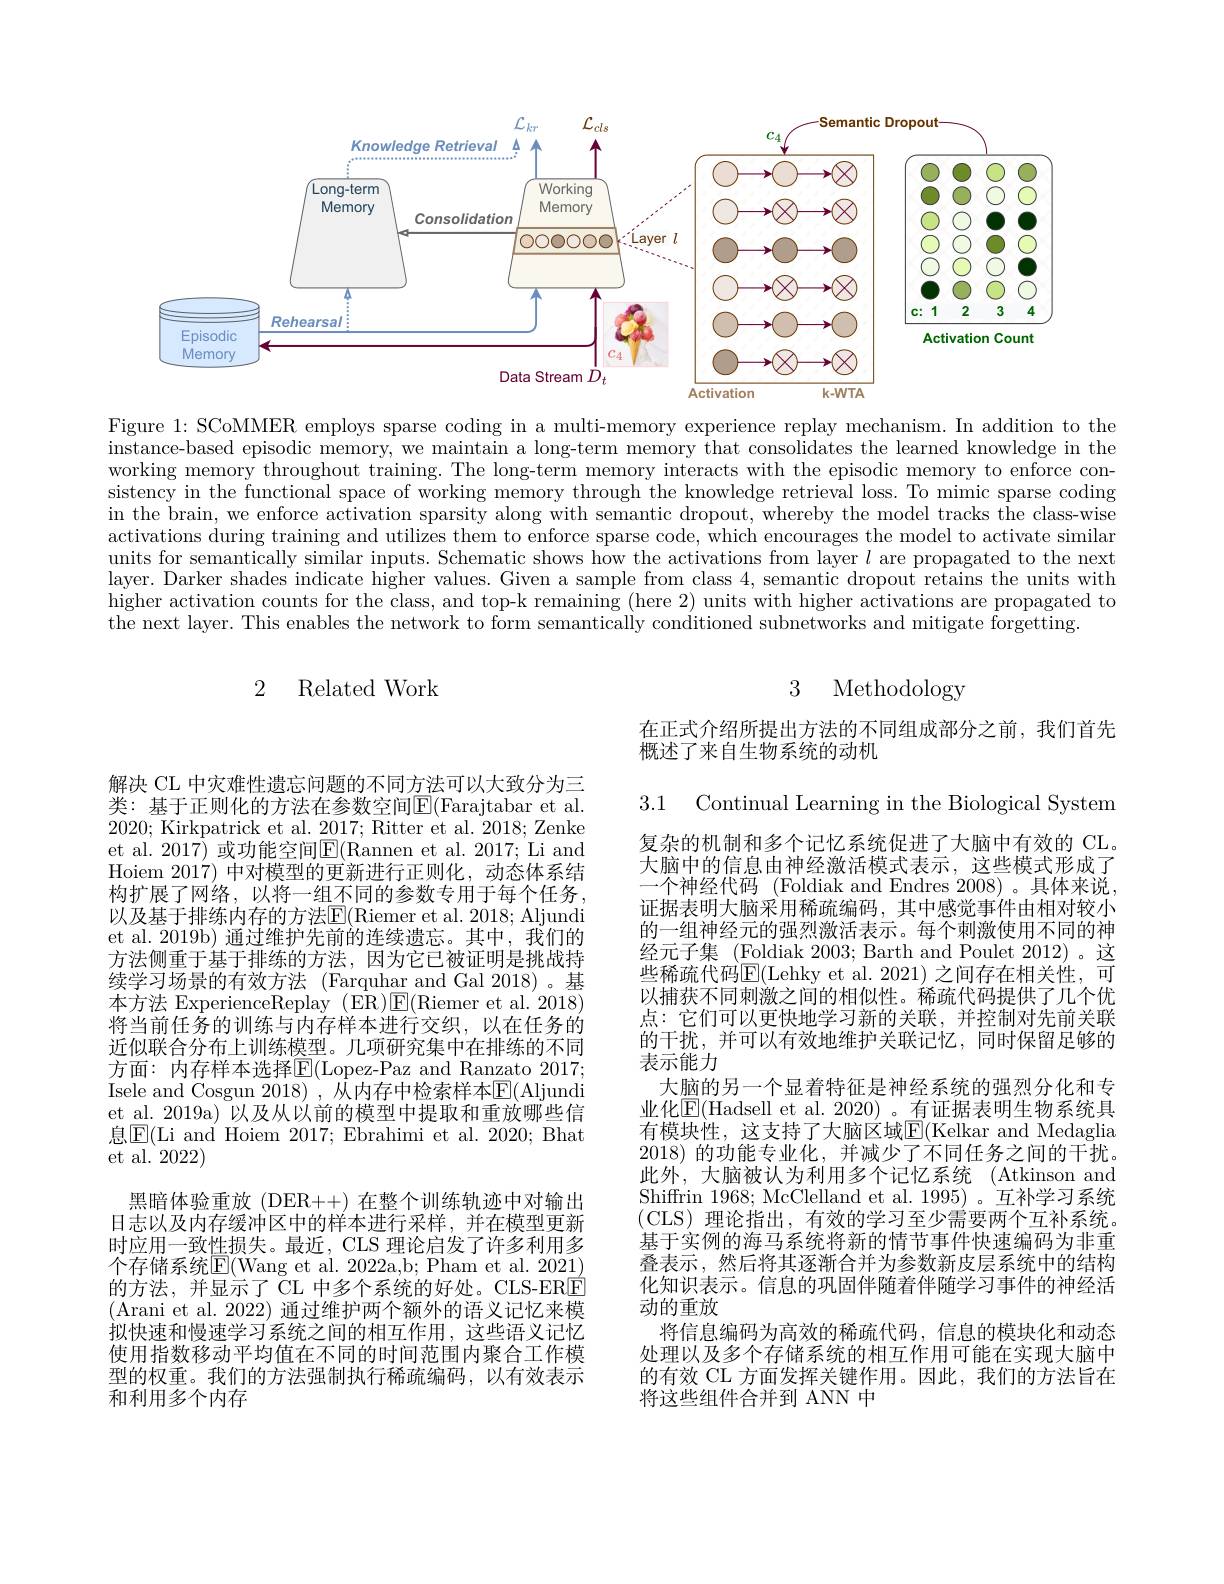
<FigureHere>

Figure 1: SCoMMER employs sparse coding in a multi-memory experience replay mechanism. In addition to the instance-based episodic memory, we maintain a long-term memory that consolidates the learned knowledge in the working memory throughout training. The long-term memory interacts with the episodic memory to enforce consistency in the functional space of working memory through the knowledge retrieval loss. To mimic sparse coding in the brain, we enforce activation sparsity along with semantic dropout, whereby the model tracks the class-wise activations during training and utilizes them to enforce sparse code, which encourages the model to activate similar units for semantically similar inputs. Schematic shows how the activations from layer $l$ are propagated to the next layer. Darker shades indicate higher values. Given a sample from class 4, semantic dropout retains the units with $\bar{\text{higher activation counts for the class, and top-k remaining (here 2) units with higher activations are propagated to}}$ the next layer. This enables the network to form semantically conditioned subnetworks and mitigate forgetting.

2 Related Work

# 3 Methodology

在正式介绍所提出方法的不同组成部分之前，我们首先
概述了来自生物系统的动机

3.1

Continual Learning in the Biological System

解决 CL 中灾难性遗忘问题的不同方法可以大致分为三类：基于正则化的方法在参数空间$\underline{\mathrm{E}}($Farajtabar et al. 2020; Kirkpatrick et al. 2017; Ritter et al. 2018; Zenke et al. 2017) 或功能空间$\boxed{\mathrm{E}}($Rannen et al. 2017; Li and Hoiem 2017) 中对模型的更新进行正则化，动态体系结构扩展了网络，以将一组不同的参数专用于每个任务， 以及基于排练内存的方法$\mathbb{E}($Riemer et al. 2018; Aljundi et al. 2019b) 通过维护先前的连续遗忘。其中，我们的方法侧重于基于排练的方法，因为它已被证明是挑战持续学习场景的有效方法 (Farquhar and Gal 2018)。基本方法 ExperienceReplay (ER)$\underline{\mathrm{E}}($Riemer et al.2018) 将当前任务的训练与内存样本进行交织，以在任务的近似联合分布上训练模型。几项研究集中在排练的不同方面：内存样本选择$\mathbb{E}($Lopez-Paz and Ranzato 2017; Isele and Cosgun 2018) , 从内存中检索样本E(Aljundi et al. 2019a) 以及从以前的模型中提取和重放哪些信息$\boxed{\mathrm{E}}($Li and Hoiem 2017; Ebrahimi et al. 2020; Bhat et al. 2022)
黑暗体验重放(DER++) 在整个训练轨迹中对输出日志以及内存缓冲区中的样本进行采样，并在模型更新时应用一致性损失。最近，CLS 理论启发了许多利用多个存储系统$\overline{\mathrm{E}}($Wang et al. 2022a,b; Pham et al. 2021) 的方法，并显示了 CL 中多个系统的好处。CLS-ERE (Arani et al. 2022) 通过维护两个额外的语义记忆来模拟快速和慢速学习系统之间的相互作用，这些语义记忆使用指数移动平均值在不同的时间范围内聚合工作模型的权重。我们的方法强制执行稀疏编码，以有效表示和利用多个内存

复杂的机制和多个记忆系统促进了大脑中有效的 CL 大脑中的信息由神经激活模式表示，这些模式形成了一个神经代码 (Foldiak and Endres 2008)。具体来说证据表明大脑采用稀疏编码，其中感觉事件由相对较小的一组神经元的强烈激活表示。每个刺激使用不同的神经元子集 (Foldiak 2003; Barth and Poulet 2012)。这些稀疏代码$\overline{\mathrm{E}}($Lehky et al.2021)之间存在相关性，可以捕获不同刺激之间的相似性。稀疏代码提供了几个优点：它们可以更快地学习新的关联，并控制对先前关联的干扰，并可以有效地维护关联记忆，同时保留足够的表示能力
大脑的另一个显着特征是神经系统的强烈分化和专业化$\boxed{\mathrm{F}}($Hadsell et al. 2020) 。有证据表明生物系统具有模块性，这支持了大脑区域E(Kelkar and Medaglia 2018)的功能专业化，并减少了不同任务之间的干扰。此外，大脑被认为利用多个记忆系统 (Atkinson and Shiffrin 1968; McClelland et al. 1995)。互补学习系统(CLS)理论指出，有效的学习至少需要两个互补系统。基于实例的海马系统将新的情节事件快速编码为非重叠表示，然后将其逐渐合并为参数新皮层系统中的结构化知识表示。信息的巩固伴随着伴随学习事件的神经活动的重放
将信息编码为高效的稀疏代码，信息的模块化和动态处理以及多个存储系统的相互作用可能在实现大脑中的有效 CL 方面发挥关键作用。因此，我们的方法旨在将这些组件合并到 ANN 中